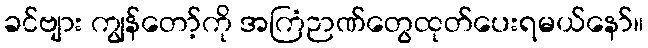
ခင်ဗျား ကျွန်တော့်ကို အကြံဉာဏ်တွေထုတ်ပေးရမယ်နော်။